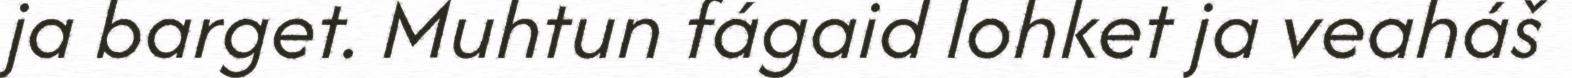
ja barget. Muhtun fágaid lohket ja veaháš